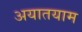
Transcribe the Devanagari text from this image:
अयातयाम